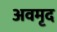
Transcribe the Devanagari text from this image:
अवमृद